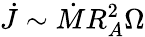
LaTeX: \dot{J}\sim\dot{M}R_{A}^{2}\Omega